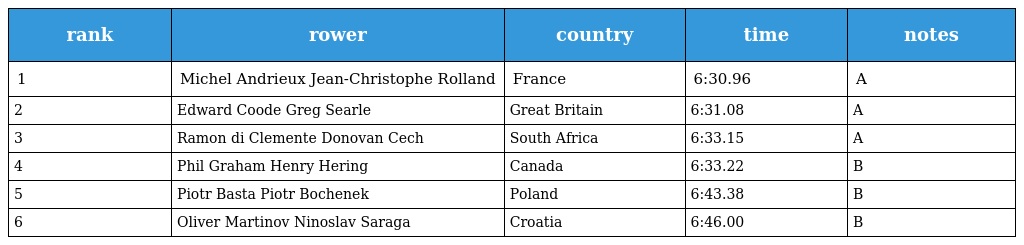
| rank | rower | country | time | notes |
 | --- | --- | --- | --- | --- |
 | 1 | Michel Andrieux Jean-Christophe Rolland | France | 6:30.96 | A |
 | 2 | Edward Coode Greg Searle | Great Britain | 6:31.08 | A |
 | 3 | Ramon di Clemente Donovan Cech | South Africa | 6:33.15 | A |
 | 4 | Phil Graham Henry Hering | Canada | 6:33.22 | B |
 | 5 | Piotr Basta Piotr Bochenek | Poland | 6:43.38 | B |
 | 6 | Oliver Martinov Ninoslav Saraga | Croatia | 6:46.00 | B |